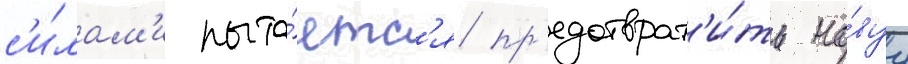
с'и́лам'и пыта́етс'я пр'едотврат'и́ть но́вуу